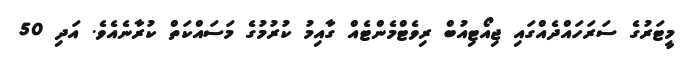
މީޓަރުގެ ސަރަހައްދެއްގައި ޖިއޯޓިއުބް ރިވެޓްމެންޓެއް ގާއިމު ކުރުމުގެ މަސައްކަތް ކުރާނެއެވެ. އަދި 50